Vaccination report Assam 1896-1927 - 1896-1927
Year: 1896
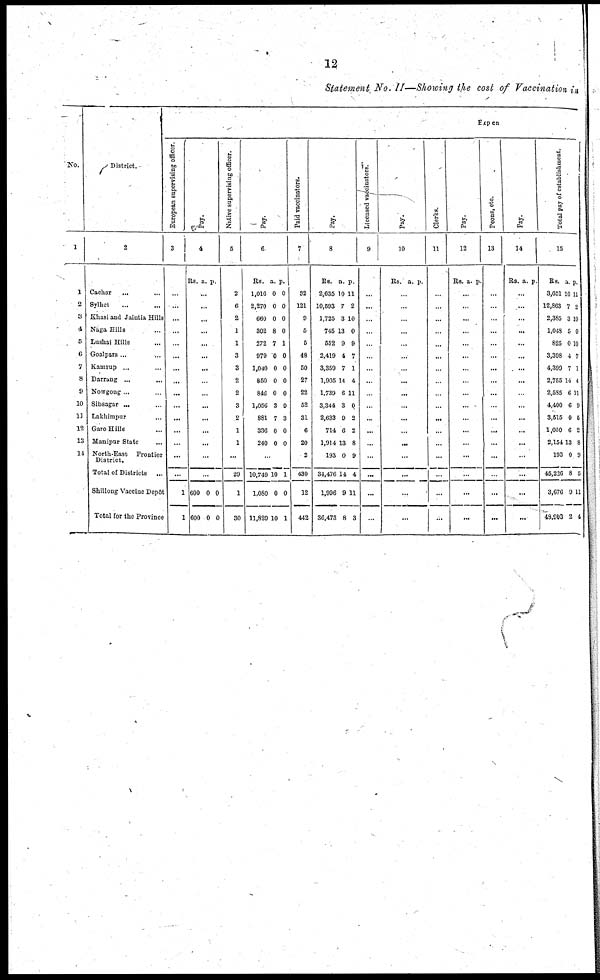
12
Statement No. II—Showing the cost of Vaccination in
No.
1
1
2
3
4
6
6
7
8
9
10
11
12
13
14
District.
2
Cachar
... ...
Sylhet
... ...
Khasi and Jaiutia Hills
Naga Hills ...
Lushai Hills ...
Goalpara ... ...
Kamrup ... ...
Darrung ...
...
Nowgong ... ...
Sibsagar ... ...
Lakhimpur ...
Garo Hills ...
Manipur State
...
North-East Frontier
District.
Total of Districts ...
Shillong Vaccine Depôt
Total for the Province
Expen
European supervising officer.
3
...
...
...
...
...
...
...
...
...
...
...
...
...
...
...
1
1
Pay.
4
Rs. a. p.
...
...
...
...
...
...
...
...
...
...
...
...
...
...
...
600
60C
0
0
0
0
Native supervising officer.
5
2
6
2
1
1
3
3
2
2
3
2
1
1
...
20
1
30
Pay.
6
Rs.
1,016
2,270
660
302
272
979
1,040
850
846
1,056
881
336
240
a.
0
0
0
8
7
0
0
0
0
3
7
0
0
p.
0
0
0
0
1
0
0
0
0
0
3
0
0
...
10,740
1,080
11,820
10
0
10
1
0
1
Paid vaccinators.
7
82
121
9
5
5
48
50
27
22
52
81
6
20
2
430
12
442
Pay.
8
Rs.
2,635
10,593
1,725
745
552
2,419
3,359
1,905
1,739
3,344
2,633
714
1,914
193
34,476
1,996
36,473
a.
10
7
3
13
9
4
7
14
6
3
9
6
13
0
14
9
8
p.
11
2
10
0
9
7
1
4
11
0
2
2
8
9
4
11
3
Licensed vaccinators.
9
...
...
...
...
...
...
...
...
...
...
...
...
...
...
...
...
...
Pay.
10
Rs. a. p.
...
...
...
...
...
...
...
...
...
...
...
...
...
...
...
...
...
Clerks.
11
...
...
...
...
...
...
...
...
...
...
...
...
...
...
...
...
...
Pay.
12
Rs. a. p.
...
...
...
...
...
...
...
...
...
...
...
...
...
...
...
...
...
Peons, etc.
13
...
...
...
...
...
...
...
...
...
...
...
...
...
...
...
...
...
Pay.
14
Rs. a. p.
...
...
...
...
...
...
...
...
...
...
...
...
...
...
...
...
...
Total pay of establishment.
15
Rs.
3,651
12,863
2,385
1,048
825
3,398
4,399
2,755
2,585
4,400
3,515
1,050
2,154
193
45,226
3,676
49,903
a.
10
7
3
5
0
4
7
14
6
6
0
6
13
0
8
9
2
p.
11
2
10
0
10
7
1
4
11
9
5
2
8
9
5
11
4